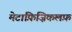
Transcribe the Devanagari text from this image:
मेटाफ़िज़िकलफ़